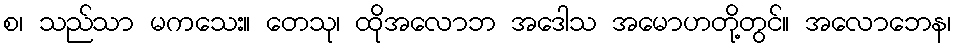
စ၊ သည်သာ မကသေး။ တေသု၊ ထိုအလောဘ အဒေါသ အမောဟတို့တွင်။ အလောဘေန၊